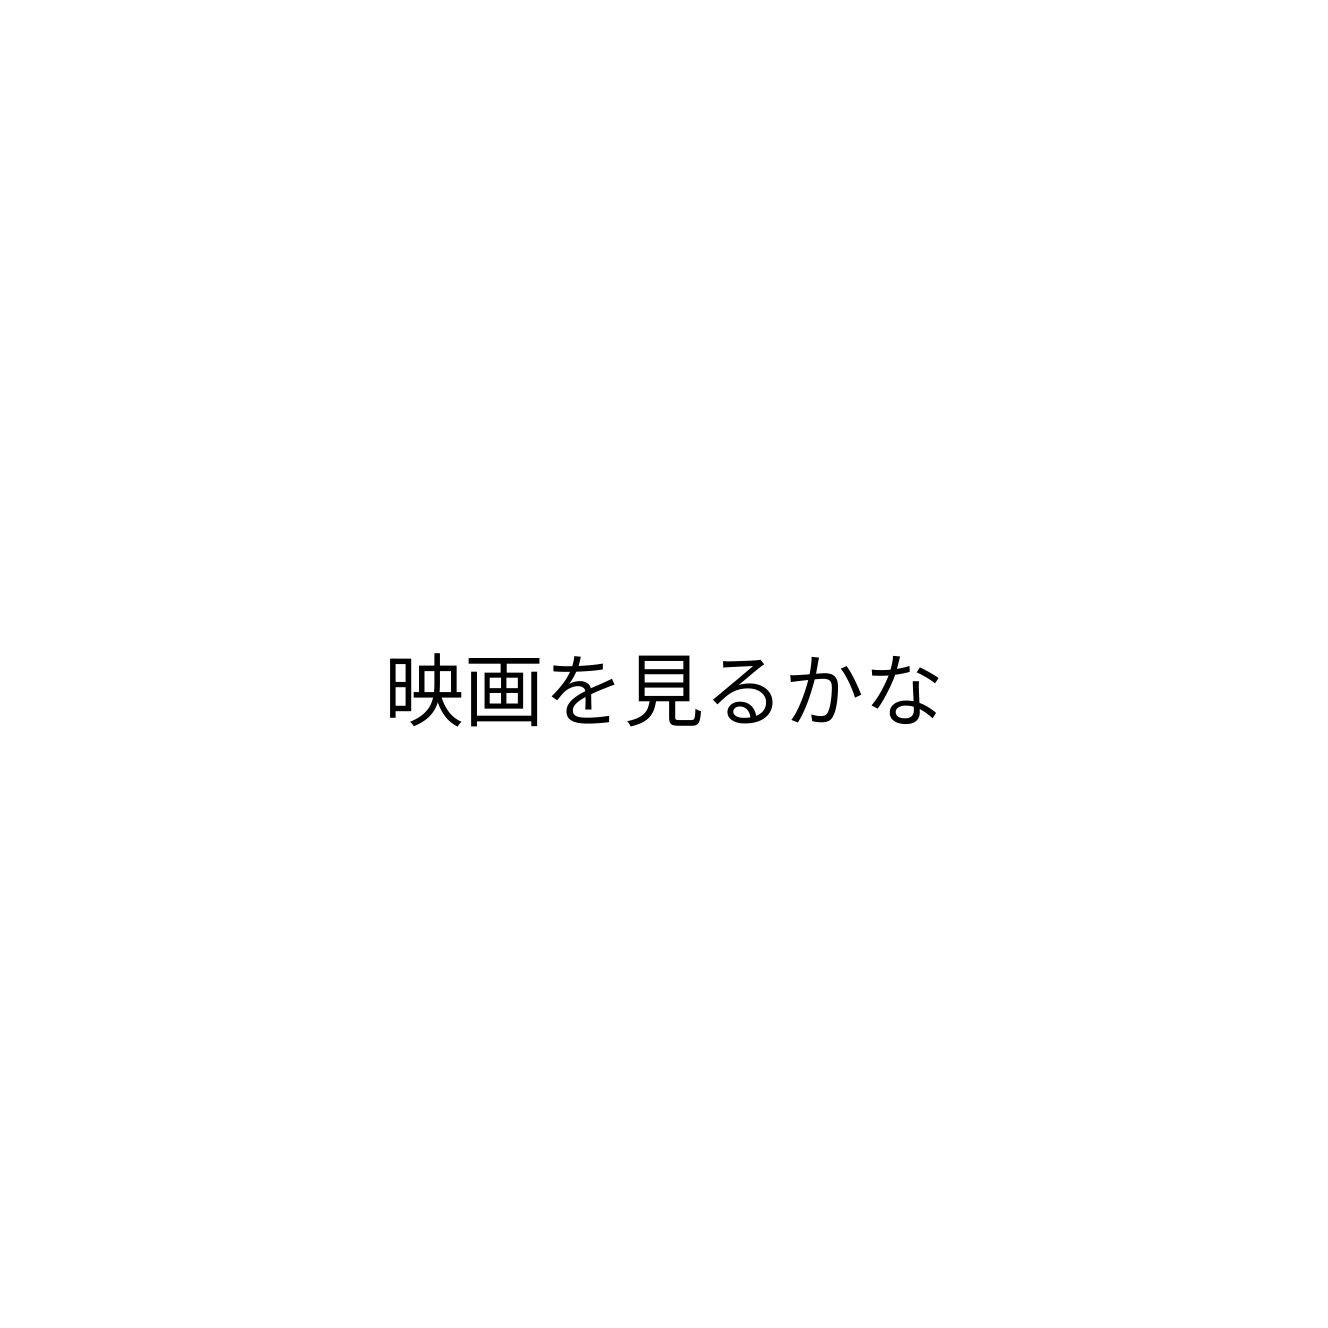
映画を見るかな